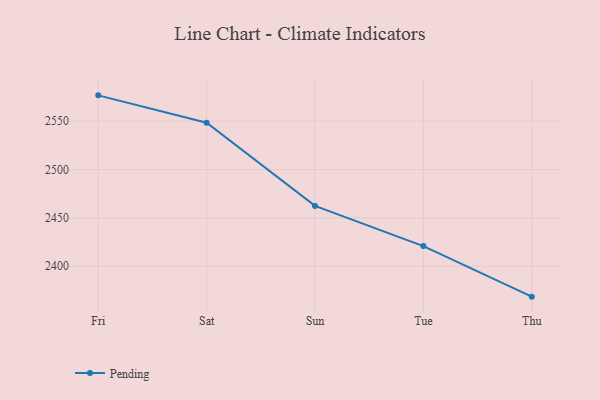
{"axis": {"x": "Day", "y": "Waste Production (Tons)"}, "legend": ["Pending"], "data": [{"x": "Fri", "y": 2576.8, "type": "Pending"}, {"x": "Sat", "y": 2548.5, "type": "Pending"}, {"x": "Sun", "y": 2462.4, "type": "Pending"}, {"x": "Tue", "y": 2420.8, "type": "Pending"}, {"x": "Thu", "y": 2368.5, "type": "Pending"}]}